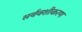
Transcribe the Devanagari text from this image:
सर्ववशीकरण